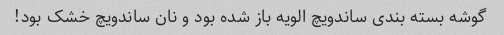
گوشه بسته بندی ساندویچ الویه باز شده بود و نان ساندویچ خشک بود!